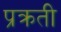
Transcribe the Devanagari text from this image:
प्रक्रती